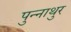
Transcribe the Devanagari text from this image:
पुन्नाथुर